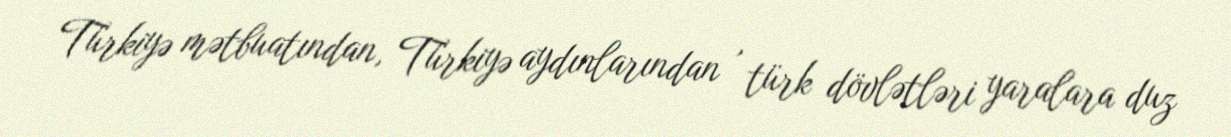
Türkiyə mətbuatından, Türkiyə aydınlarından , türk dövlətləri yaralara duz